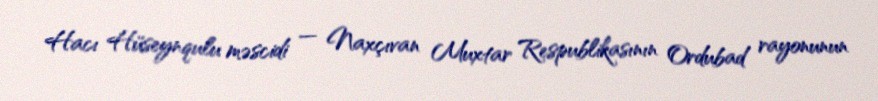
Hacı Hüseynqulu məscidi — Naxçıvan Muxtar Respublikasının Ordubad rayonunun